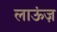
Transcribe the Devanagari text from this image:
लाऊंज़